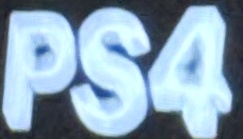
PS4